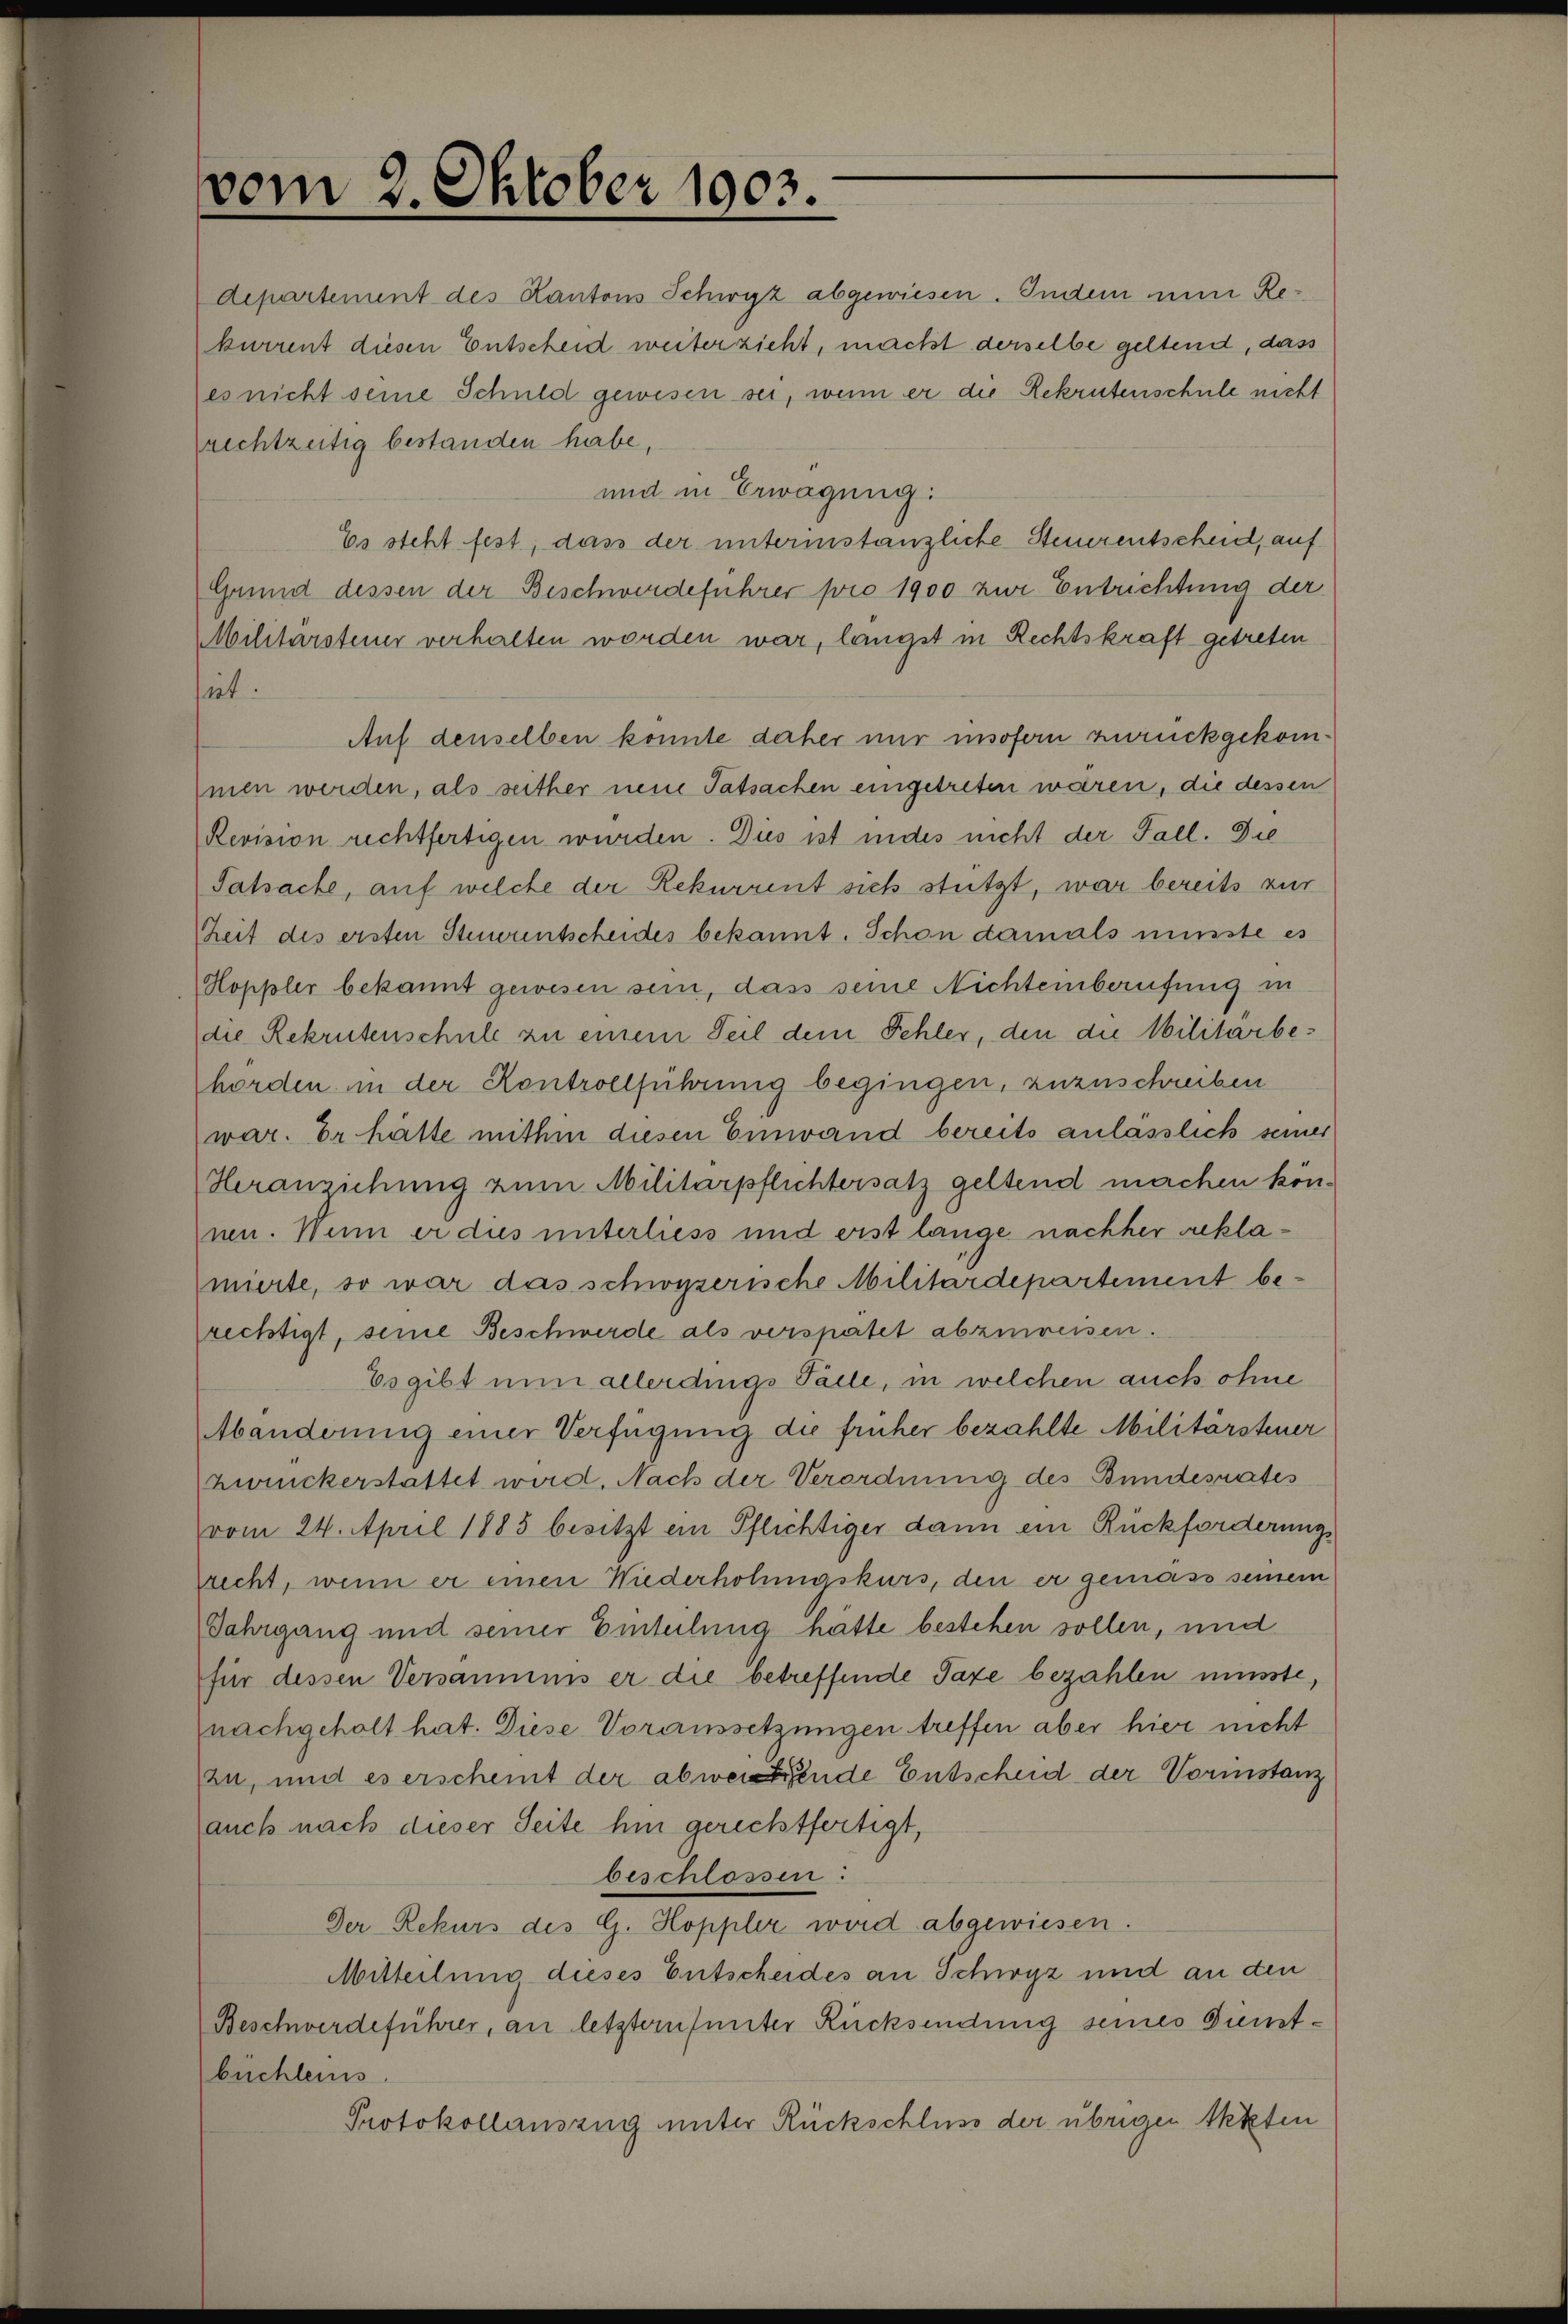
vom 2. Oktober 1903.

departement des Kantons Schwyz abgewiesen. Indem nun Rekurrent diesen Entscheid weiter zieht, macht derselbe geltend, dass
es nicht seine Schuld gewesen sei, wenn er die Rekrutenschule nicht
rechtzeitig bestanden habe,

und in Erwägung:
Es steht fest, das der unterinstanzliche Steuerentscheid, auf
Grund dessen der Beschwerdeführer pro 1900 zur Entrichtung der
Militärsteuer verhalten worden war, längst in Rechtskraft getreten
piet.
Auf denselben könnte daher nur insofern zurückgekom
men werden, als seither neue Tatsachen eingetreten waren, die dessen
Revision rechtfertigen wurden. Dies ist indes nicht der Fall. Die
Tatsache, auf welche der Rekurrent sich stützt, war bereits zur
Zeit des ersten Steintscheides bekannt. Schon damals müsste es
Hoppler bekannt gewesen sein, dass seine Nichteinberufung in
die Rekrutenschule zu einem Teil dem Fehler, den die Militärbehorden in der Kontrollführung begingen, zuzuschreiben
war. Er hätte mithin diesen Einwand bereits anlasslich seine
Heranziehung zum Militärpflichtersatz geltend machen kön-
nen. Wenn er dies unterliess und erst lange nachher reklamierte, so war das schwyzerische Militärdepartement be-
rechtigt, seine Beschwerde als verspätet abzuweisen.
Es gibt nun allerdings Palle, in welchen auch ohne
Abanderung einer Verfügung die früher bezahlte Militärsteuer
Zwickerstattet wird. Nach der Verordnung des Bundesrates
vom 24. April 1885 besitzt ein Pflichtiger dann ein Rückforderungs
recht, wenn er einen Wiederholungskurs, den er gemäss seinem
Jahrgang und seiner Einteilung hätte bestehen sollen, und
für dessen Versammis er die betreffende Taxe bezahlen müsste,
nachgeholt hat. Diese Voraussetzungen treffen aber hier nicht
zu, und es erscheint der abwesende Entscheid der Vorinstanz
auch nach dieser Seite hin gerechtfertigt,
beschlossen:
Der Rekurs des G. Hoppler wird abgewiesen.
Mitteilung dieses Entscheides an Schwyz und an den
Beschwerdeführer, an letztern unter Rücksendung seines Dimtbüchleins.
Protokollauszug unter Rückschluss der übrigen Akten